Lunatic asylums Central Provinces reports 1910-1926 - 1910-1926
Year: 1910
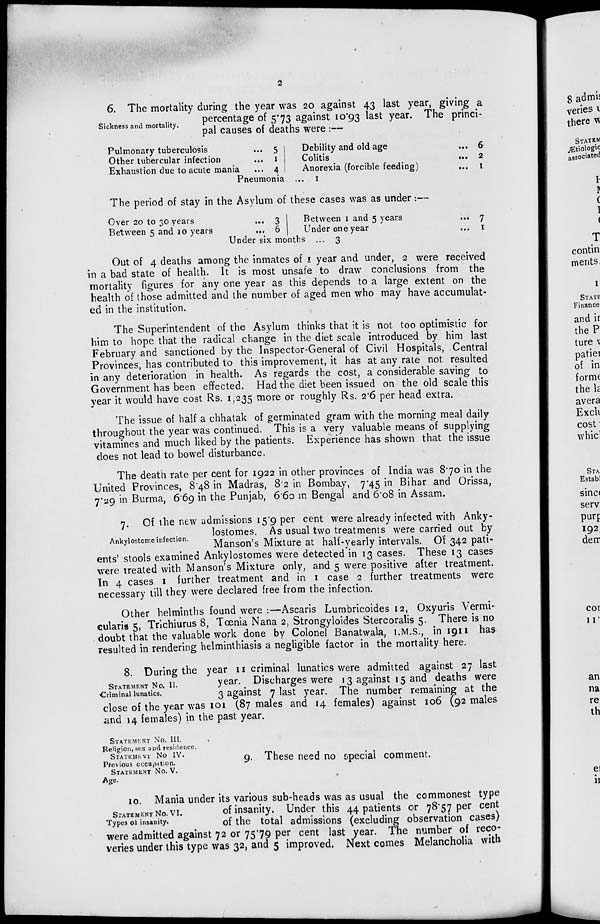
2
Sickness and mortality.
6. The mortality during the year was 20 against 43 last year, giving a
percentage of 5.73 against 10.93 last year. The princi-
pal causes of deaths were :—
Pulmonary tuberculosis ...
Other tubercular infection ...
Exhaustion due to acute mania ...
5
1
4
Debility and old age ...
Colitis
...
Anorexia (forcible feeding)...
6
2
1
Pneumonia ... 1
The period of stay in the Asylum of these cases was as under:—
Over 20 to 30 years ...
Between 5 and 10 years ...
3
6
Between 1 and 5 years ...
Under one year ...
7
1
Under six months ... 3
Out of 4 deaths among the inmates of 1 year and under, 2 were received
in a bad state of health. It is most unsafe to draw conclusions from the
mortality figures for any one year as this depends to a large extent on the
health of those admitted and the number of aged men who may have accumulat-
ed in the institution.
The Superintendent of the Asylum thinks that it is not too optimistic for
him to hope that the radical change in the diet scale introduced by him last
February and sanctioned by the Inspector-General of Civil Hospitals, Central
Provinces, has contributed to this improvement, it has at any rate not resulted
in any deterioration in health. As regards the cost, a considerable saving to
Government has been effected. Had the diet been issued on the old scale this
year it would have cost Rs. 1,235 more or roughly Rs. 2.6 per head extra.
The issue of half a chhatak of germinated gram with the morning meal daily
throughout the year was continued. This is a very valuable means of supplying
vitamines and much liked by the patients. Experience has shown that the issue
does not lead to bowel disturbance.
The death rate per cent for 1922 in other provinces of India was 8.70 in the
United Provinces, 8.48 in Madras, 8.2 in Bombay, 7.45 in Bihar and Orissa,
7.29 in Burma, 6.69 in the Punjab, 6.60 in Bengal and 6.08 in Assam.
Ankylostome infection.
7. Of the new admissions 15.9 per cent were already infected with Anky-
lostomes. As usual two treatments were carried out by
Manson's Mixture at half-yearly intervals. Of 342 pati-
ents' stools examined Ankylostomes were detected in 13 cases. These 13 cases
were treated with Manson's Mixture only, and 5 were positive after treatment.
In 4 cases 1 further treatment and in 1 case 2 further treatments were
necessary till they were declared free from the infection.
Other helminths found were :—Ascaris Lumbricoides 12, Oxyuris Vermi-
cularis 5, Trichiurus 8, Tœnia Nana 2, Strongyloides Stercoralis 5. There is no
doubt that the valuable work done by Colonel Banatwala, I.M.S., in 1911 has
resulted in rendering helminthiasis a negligible factor in the mortality here.
STATEMENT No. II.
Criminal lunatics.
8. During the year 11 criminal lunatics were admitted against 27 last
year. Discharges were 13 against 15 and deaths were
3 against 7 last year. The number remaining at the
close of the year was 101 (87 males and 14 females) against 106 (92 males
and 14 females) in the past year.
STATEMENT No. III.
Religion, sex and residence.
STATEMENT No IV.
Previous occupation.
STATEMENT No. V.
Age.
9. These need no special comment.
STATEMENT No. VI.
Types of insanity.
10. Mania under its various sub-heads was as usual the commonest type
of insanity. Under this 44 patients or 78.57 per cent
of the total admissions (excluding observation cases)
were admitted against 72 or 75.79 per cent last year. The number of reco-
veries under this type was 32, and 5 improved. Next comes Melancholia with